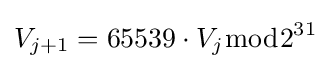
V_{j+1}=65539\cdot V_{j}{\bmod {2}}^{31}